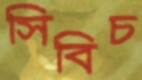
সিবিচ